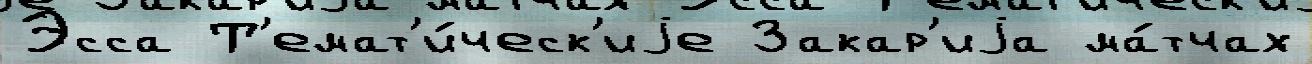
Эсса Т'емат'и́ческ'иjе Закар'иjа ма́тчах